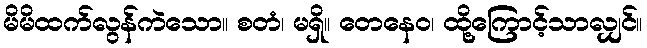
မိမိထက်လွန်ကဲသော။ စတံ၊ မရှိ။ တေနေဝ၊ ထို့ကြောင့်သာလျှင်။